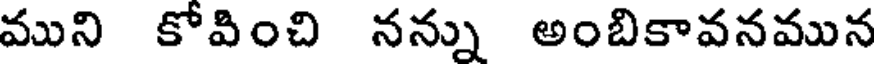
ముని కోవించి నన్ను అంబికావనమున